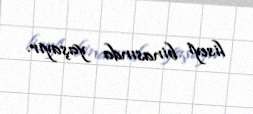
liseyi binasında yaşayır.